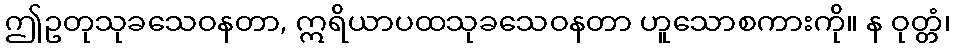
ဤဥတုသုခသေဝနတာ, ဣရိယာပထသုခသေဝနတာ ဟူသောစကားကို။ န ဝုတ္တံ၊